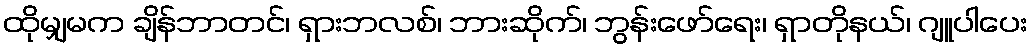
ထိုမျှမက ချိန်ဘာတင်၊ ရှားဘလစ်၊ ဘားဆိုက်၊ ဘွန်းဖော်ရေး၊ ရှာတိုနယ်၊ ဂျူပါပေး